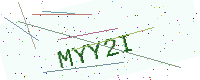
Text: MYY2I